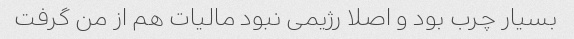
بسیار چرب بود و اصلا رژیمی نبود مالیات هم از من گرفت